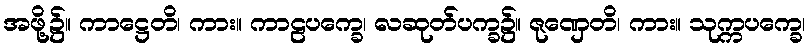
အဖို့၌။ ကာဋ္ဌေတိ၊ ကား။ ကာဠပက္ခေ၊ လဆုတ်ပက္ခ၌။ ဇုဏှေတိ၊ ကား။ သုက္ကပက္ခေ၊